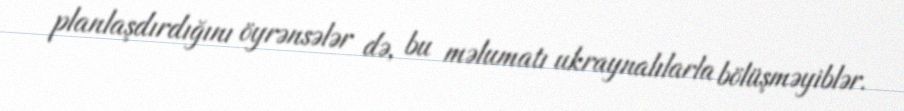
planlaşdırdığını öyrənsələr də, bu məlumatı ukraynalılarla bölüşməyiblər.